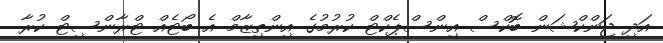
އަދި ޖަންކްޝަން ބޮކްސް އިންސްޕެކްޓް ކުރުމުގެ އިންތިޒާމް އެ ބޯޓެއް ޓްރާންސިޓް ކުރާ